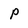
Character: P